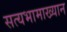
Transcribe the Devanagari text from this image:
सत्यभामाख्यान